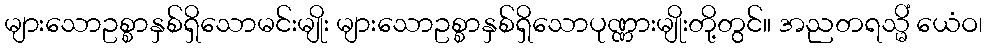
များသောဥစ္စာနှစ်ရှိသောမင်းမျိုး များသောဥစ္စာနှစ်ရှိသောပုဏ္ဏားမျိုးတို့တွင်။ အညတရသ္မိံ ယေံဝ၊